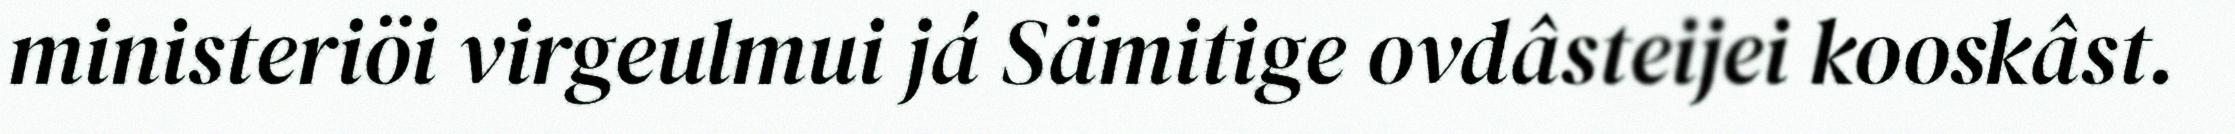
ministeriöi virgeulmui já Sämitige ovdâsteijei kooskâst.